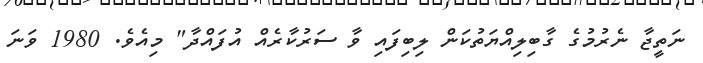
ނަތީޖާ ނެރުމުގެ ގާބިލިއްޔަތުކަން ލިބިފައި ވާ ސަރުކާރެއް އުފައްދާ" މިއެވެ. 1980 ވަނަ